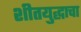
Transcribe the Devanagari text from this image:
शीतयुद्धाचा